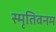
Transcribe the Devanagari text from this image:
स्मृतिवनम